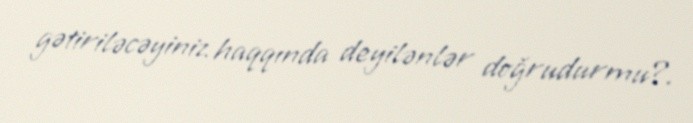
gətiriləcəyiniz haqqında deyilənlər doğrudurmu?.